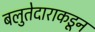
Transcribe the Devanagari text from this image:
बलुतेदाराकडून